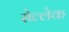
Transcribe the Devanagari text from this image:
सेल्लेक